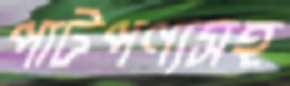
পাটপণ্যসহ